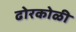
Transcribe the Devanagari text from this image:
ढोरकोळी